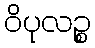
ဝိပုလဉ္စ